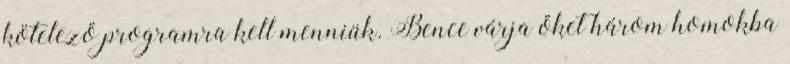
kötelező programra kell menniük. Bence várja őket három homokba